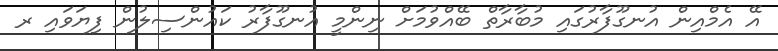
އޭ އެމްއިން އުނގޫފާރުގައި މުބާރާތް ބޭއްވުމަށް ނިންމީ އުނގޫފާރު ކައުންސިލުން ފިޔަވައި ރ